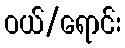
ဝယ်/ရောင်း